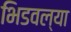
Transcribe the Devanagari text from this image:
भिडवल्या